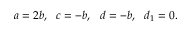
a = 2 b , \ \ c = - b , \ \ d = - b , \ \ d _ { 1 } = 0 .